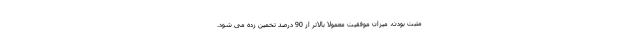
مثبت بودن، میزان موفقیت معمولا بالاتر از 90 درصد تخمین زده می شود.